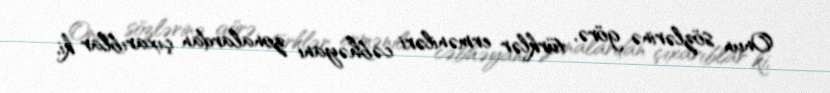
Onun sözlərinə görə, türklər erməniləri cəbhəyanı zonalardan çıxarıblar ki,